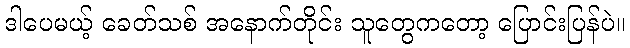
ဒါပေမယ့် ခေတ်သစ် အနောက်တိုင်း သူတွေကတော့ ပြောင်းပြန်ပဲ။